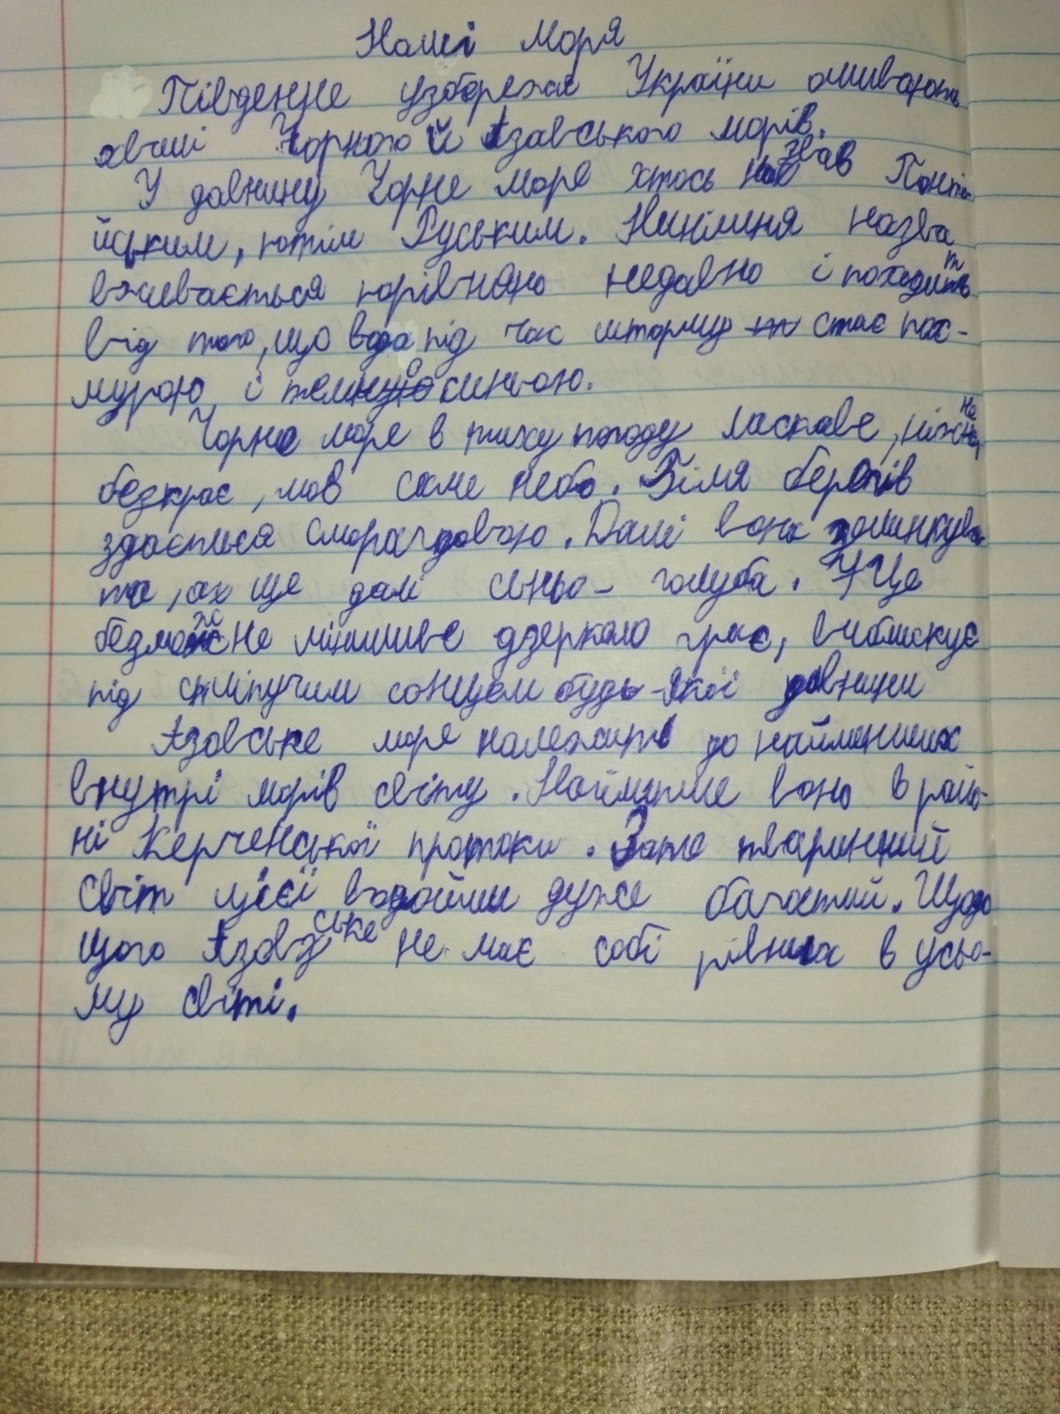
Наші моря
Південне узбережжя України омивають
хвилі чорного й Азовського морів
У давнину Чорне море хтось на~~с~~звав Понті-
йським, потім Руським. Нинішня назва
вживається порівняно недавно і походи~~ть~~{т}
від того, що вода під час шторму ~~т~~ стає пох-
мурою і темн~~ую~~{о} синьою.
Чорне море в тиху погоду ласкаве, ніж~~ні~~{не}
безкрає, мов саме небо. Біля берегів
здається смарагдовою. Далі вона зеленкува-
та, ах ще далі синьо-голуба. ~~У~~ Це
безме~~ж~~{ж}не мінливе дзеркало грає, виблискує
під с~~п~~ліпучим сонцем будь-якої давнини
Азовське море належить до найменших
внутрі морів світу. Найменше воно в райо-
ні Керченської протоки. Зате тваринний
Світ цієї водойми дуже багатий. Щодо
цього Азов~~з~~{ське} не має собі рівних в усьо-
му світі.